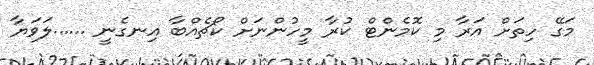
މަގޭ ހިތަށް އަރާ މި ކޮމެންޓް ކުރާ މީހުންނަށް ކޯޗެއްބާ އިނގެނީ ......ލަވަޔާ